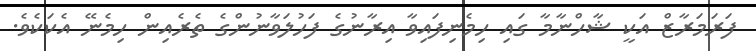
ފަރަމަރާޒް އަކީ ޝާހްނާމާ ގައި ހިމެނިފައިވާ އިރާނުގެ ފަހުލަވާނުންގެ ތެރެއިން ހިމެނޭ އެކަކެވެ.